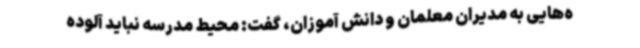
ه‌هایی به مدیران معلمان و دانش آموزان، گفت: محیط مدرسه نباید آلوده